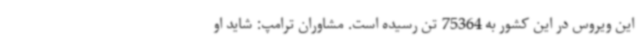
این ویروس در این کشور به 75364 تن رسیده است. مشاوران ترامپ: شاید او